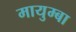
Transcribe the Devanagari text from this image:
मायुम्बा